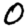
Digit: 0